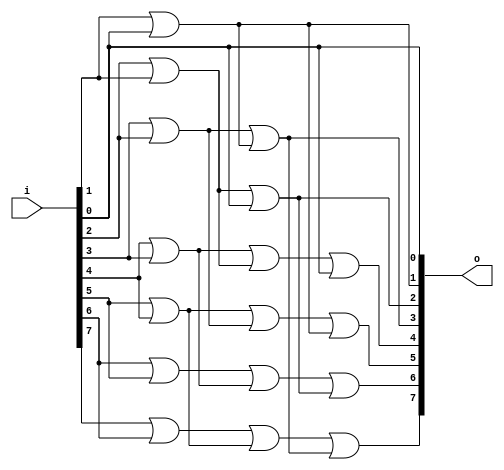
module bsg_scan_width_p8_or_p1_lo_to_hi_p1
(
  i,
  o
);

  input [7:0] i;
  output [7:0] o;
  wire [7:0] o;
  wire t_2__7_,t_2__6_,t_2__5_,t_2__4_,t_2__3_,t_2__2_,t_2__1_,t_2__0_,t_1__7_,t_1__6_,
  t_1__5_,t_1__4_,t_1__3_,t_1__2_,t_1__1_,t_1__0_;
  assign t_1__7_ = i[0] | 1'b0;
  assign t_1__6_ = i[1] | i[0];
  assign t_1__5_ = i[2] | i[1];
  assign t_1__4_ = i[3] | i[2];
  assign t_1__3_ = i[4] | i[3];
  assign t_1__2_ = i[5] | i[4];
  assign t_1__1_ = i[6] | i[5];
  assign t_1__0_ = i[7] | i[6];
  assign t_2__7_ = t_1__7_ | 1'b0;
  assign t_2__6_ = t_1__6_ | 1'b0;
  assign t_2__5_ = t_1__5_ | t_1__7_;
  assign t_2__4_ = t_1__4_ | t_1__6_;
  assign t_2__3_ = t_1__3_ | t_1__5_;
  assign t_2__2_ = t_1__2_ | t_1__4_;
  assign t_2__1_ = t_1__1_ | t_1__3_;
  assign t_2__0_ = t_1__0_ | t_1__2_;
  assign o[0] = t_2__7_ | 1'b0;
  assign o[1] = t_2__6_ | 1'b0;
  assign o[2] = t_2__5_ | 1'b0;
  assign o[3] = t_2__4_ | 1'b0;
  assign o[4] = t_2__3_ | t_2__7_;
  assign o[5] = t_2__2_ | t_2__6_;
  assign o[6] = t_2__1_ | t_2__5_;
  assign o[7] = t_2__0_ | t_2__4_;

endmodule